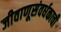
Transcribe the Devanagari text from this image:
जीवाणूसंवर्धकाची